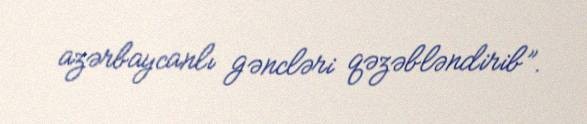
azərbaycanlı gəncləri qəzəbləndirib”.